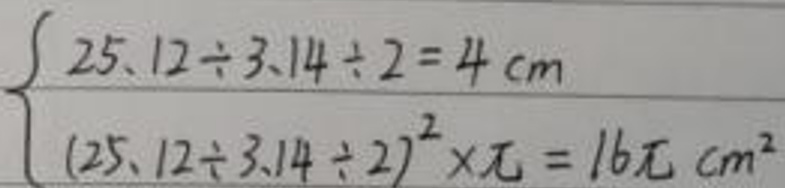
\[
\begin{cases}
25.12\div3.14\div2 = 4\ cm\\
(25.12\div3.14\div2)^2\times\pi = 16\pi\ cm^2
\end{cases}
\]